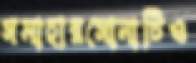
সমাহারসোনাটিও